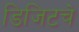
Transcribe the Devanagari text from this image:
डिजिटचे